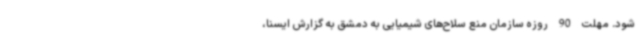
شود. مهلت 90 روزه سازمان منع سلاح‌های شیمیایی به دمشق به گزارش ایسنا،